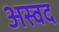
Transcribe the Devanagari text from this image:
अस्वद